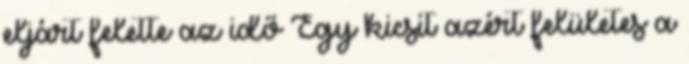
eljárt felette az idő Egy kicsit azért felületes a